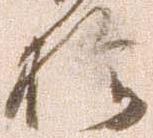
於